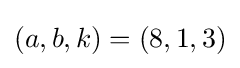
(a,b,k)=(8,1,3)